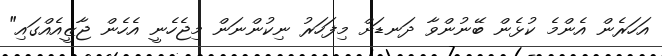
އަހަރެން އެންމެ ކުޅެން ބޭނުންވާ ދަނޑަށް މިފަހަރު ނިކުންނަން މިޖެހެނީ އެހެން ޖާޒީއެއްގައި"